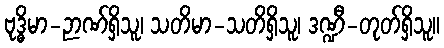
ဗုဒ္ဓိမာ-ဉာဏ်ရှိသူ၊ သတိမာ-သတိရှိသူ၊ ဒဏ္ဍီ-တုတ်ရှိသူ။